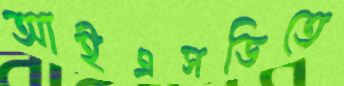
আইএসডিতে